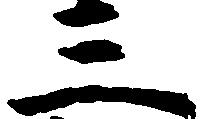
三